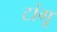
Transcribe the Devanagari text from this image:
टांगू